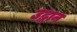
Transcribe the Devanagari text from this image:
उद्धान